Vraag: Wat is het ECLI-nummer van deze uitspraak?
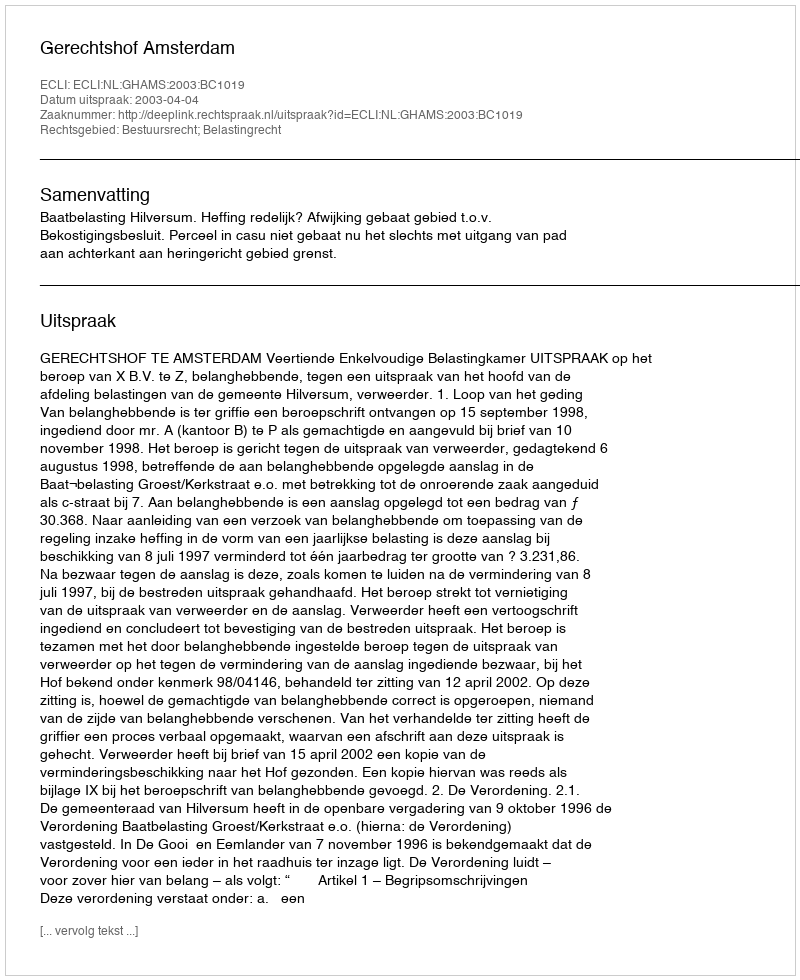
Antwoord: ECLI:NL:GHAMS:2003:BC1019